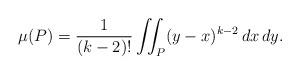
LaTeX: \begin{align*}\mu(P)=\frac{1}{(k-2)!} \iint_P (y-x)^{k-2}\,dx\,dy.\end{align*}